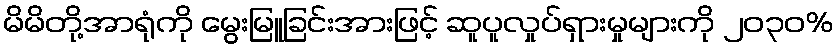
မိမိတို့အာရုံကို မွေးမြူခြင်းအားဖြင့် ဆူပူလှုပ်ရှားမှုများကို ၂၀၃၀%